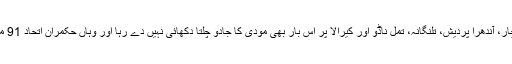
تاہم انڈیا کی پانچ جنوبی ریاستوں میں سے چار، آندھرا پردیش، تلنگانہ، تمل ناڈو اور کیرالا پر اس بار بھی مودی کا جادو چلتا دکھائی نہیں دے رہا اور وہاں حکمران اتحاد 91 میں سے صرف تین نشستیں ہی جیت پایا ہے۔